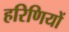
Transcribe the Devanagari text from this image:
हरिणियों